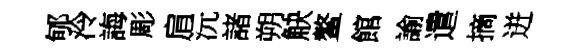
郇泠誨彫肩沅諸朔觖鳌館諭遣摘迸